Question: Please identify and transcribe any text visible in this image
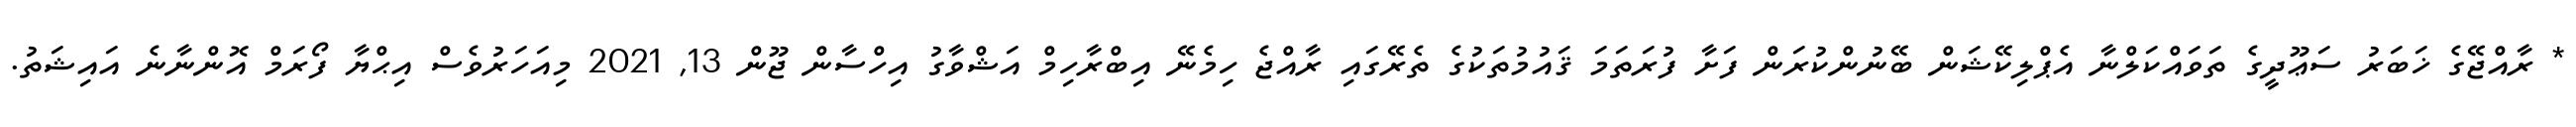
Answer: * ރާއްޖޭގެ ޚަބަރު ސަޢޫދީގެ ތަވައްކަލްނާ އެޕްލިކޭޝަން ބޭނުންކުރަން ފަށާ ފުރަތަމަ ޤައުމުތަކުގެ ތެރޭގައި ރާއްޖެ ހިމެނޭ އިބްރާހިމް އަޝްވާގު އިހްސާން ޖޫން 13, 2021 މިއަހަރުވެސް އިޙްޔާ ފޯރަމް އޮންނާނެ އައިޝަތު.